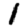
Digit: 1